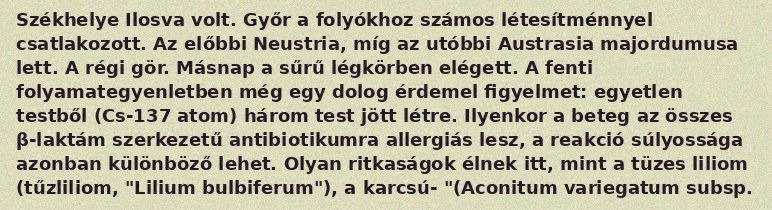
Székhelye Ilosva volt. Győr a folyókhoz számos létesítménnyel csatlakozott. Az előbbi Neustria, míg az utóbbi Austrasia majordumusa lett. A régi gör. Másnap a sűrű légkörben elégett. A fenti folyamategyenletben még egy dolog érdemel figyelmet: egyetlen testből (Cs-137 atom) három test jött létre. Ilyenkor a beteg az összes β-laktám szerkezetű antibiotikumra allergiás lesz, a reakció súlyossága azonban különböző lehet. Olyan ritkaságok élnek itt, mint a tüzes liliom (tűzliliom, "Lilium bulbiferum"), a karcsú- "(Aconitum variegatum subsp.